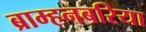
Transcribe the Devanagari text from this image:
ब्राम्हनबरिया